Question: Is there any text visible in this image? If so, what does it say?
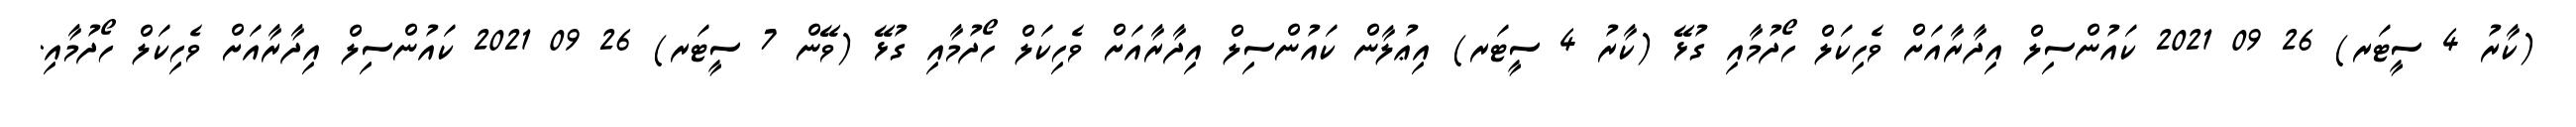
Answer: (ކާރު 4 ސީޓަރ) 26 09 2021 ކައުންސިލް އިދާރާއަށް ވެހިކަލް ހޯދުމާއި ގުޅޭ (ކާރު 4 ސީޓަރ) އިޢުލާން ކައުންސިލް އިދާރާއަށް ވެހިކަލް ހޯދުމާއި ގުޅޭ (ވޭން 7 ސީޓަރ) 26 09 2021 ކައުންސިލް އިދާރާއަށް ވެހިކަލް ހޯދުމާއި.